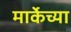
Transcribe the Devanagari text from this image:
मार्केच्या